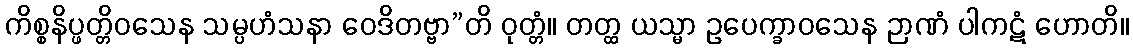
ကိစ္စနိပ္ဖတ္တိဝသေန သမ္ပဟံသနာ ဝေဒိတဗ္ဗာ”တိ ဝုတ္တံ။ တတ္ထ ယသ္မာ ဥပေက္ခာဝသေန ဉာဏံ ပါကဋံ ဟောတိ။